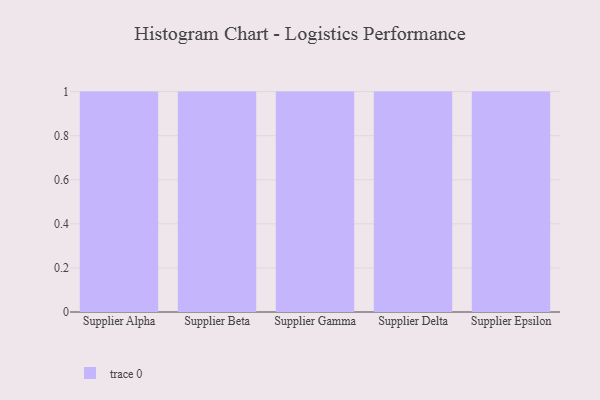
{"axis": {"x": "Supplier", "y": "Revenue (USD Million)"}, "legend": [""], "data": [{"x": "Supplier Alpha", "y": 22, "type": ""}, {"x": "Supplier Beta", "y": 99, "type": ""}, {"x": "Supplier Gamma", "y": 19, "type": ""}, {"x": "Supplier Delta", "y": 37, "type": ""}, {"x": "Supplier Epsilon", "y": 84, "type": ""}]}